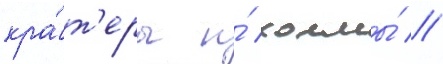
кра́т'еры и́ холмы́ //